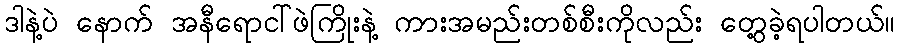
ဒါနဲ့ပဲ နောက် အနီရောငာ်ဖဲကြိုးနဲ့ ကားအမည်းတစ်စီးကိုလည်း တွေ့ခဲ့ရပါတယ်။